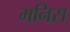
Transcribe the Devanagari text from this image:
मनिस